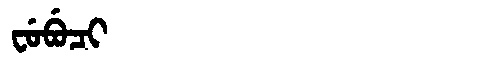
Manchu: ᠸᡠᠪᡠᠴᡳ
Romanization: FUBUCI